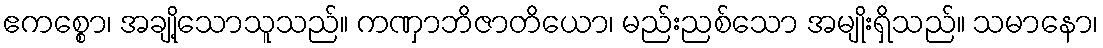
ဧကစ္စော၊ အချို့သောသူသည်။ ကဏှာဘိဇာတိယော၊ မည်းညစ်သော အမျိုးရှိသည်။ သမာနော၊